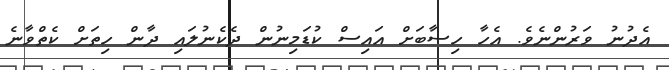
އެދުނު ވަރުންނެވެ. އެހާ ހިސާބަށް އައިސް ކުޑަމިނުން ދެކެނުލައި ދާން ހިތަށް ކެތްވާނެ